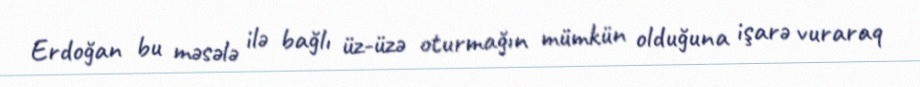
Erdoğan bu məsələ ilə bağlı üz-üzə oturmağın mümkün olduğuna işarə vuraraq